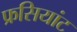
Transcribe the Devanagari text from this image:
फ्रसियांट